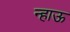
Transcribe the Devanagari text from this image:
न्हाऊ